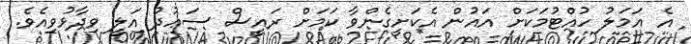
އެ އަމަލު ހުއްޓުމަކަށް އައުން އެކަށީގެންވާ ކަމަށް ރައީސް ސަޢުދު އަލީ ވިދާޅުވިއެވެ.